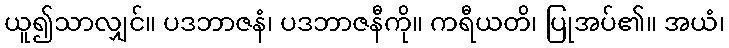
ယူ၍သာလျှင်။ ပဒဘာဇနံ၊ ပဒဘာဇနီကို။ ကရီယတိ၊ ပြုအပ်၏။ အယံ၊